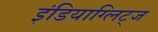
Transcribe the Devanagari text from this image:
इंडियाग्लिट्ज